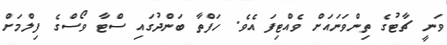
ވަނީ ޗާޓުގެ ތިންވަނައަށް ވެއްޓިފަ އެވެ. ހަފްތާ ބަންދުގައި ސްޓާ ވޯސްގެ ފިލްމަށް